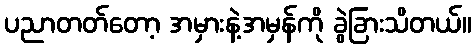
ပညာတတ်တော့ အမှားနဲ့အမှန်ကို ခွဲခြားသိတယ်။